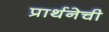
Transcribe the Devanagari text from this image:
प्रार्थनेची